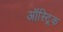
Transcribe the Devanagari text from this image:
ऑस्ट्रिक